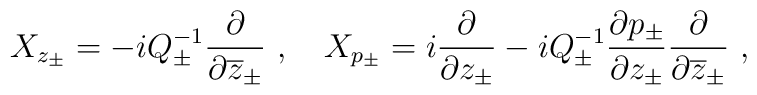
X_{z_{\pm}}=-i Q_{\pm}^{-1}\displaystyle\displaystyle\frac{\partial}{\partial \overline{z}_{\pm}}~,~~~X_{p_{\pm}}=i\displaystyle \displaystyle\frac{\partial}{\partial z_{\pm}}- i Q_{\pm}^{-1}\displaystyle\frac{\partial p_{\pm}}{\partial z_{\pm}}\displaystyle\displaystyle\frac{\partial}{\partial \overline{z}_{\pm}}~,